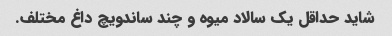
شاید حداقل یک سالاد میوه و چند ساندویچ داغ مختلف.